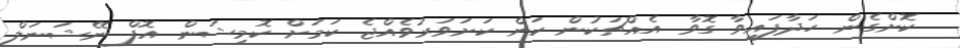
ކޮށްގެން ހަދާފައިވާ ގޮވާ އެއްޗަކުން ކަން ކަށަވަރުވެއްޖެ ކަމަށް ކޮމިޝަން އޮފް ނޭޝަނަލް